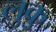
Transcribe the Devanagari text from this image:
लुकु